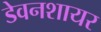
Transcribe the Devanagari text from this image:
डेवनशायर